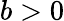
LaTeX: b>0